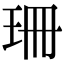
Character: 珊